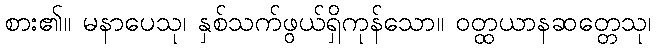
စား၏။ မနာပေသု၊ နှစ်သက်ဖွယ်ရှိကုန်သော။ ဝတ္ထယာနဆတ္တေသု၊